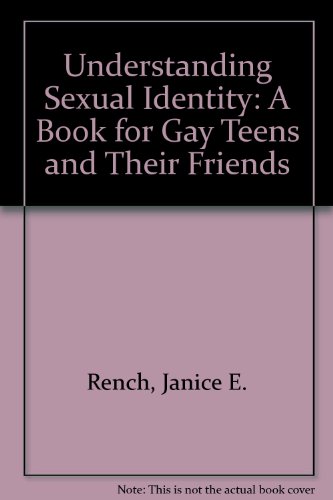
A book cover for Understanding Sexual Identity: A Book for Gay Teens and Their Friends; Janice E. Rench; Teen & Young Adult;